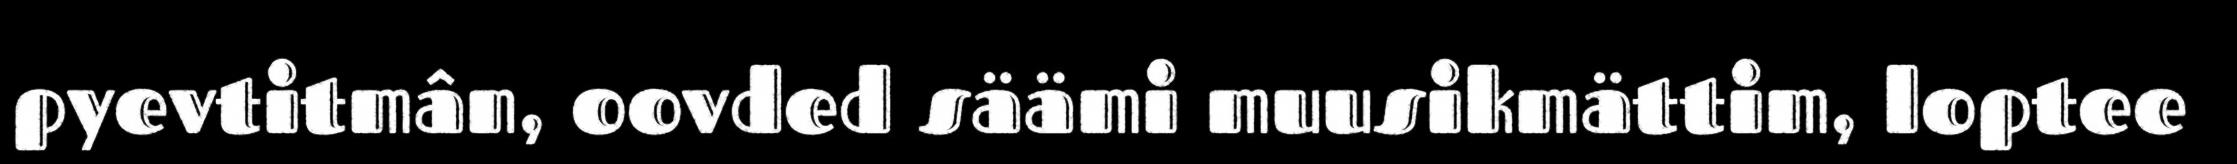
pyevtitmân, oovded säämi muusikmättim, loptee